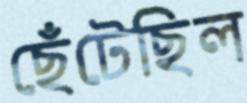
ছেঁটেছিল